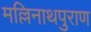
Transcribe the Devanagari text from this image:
मल्लिनाथपुराण